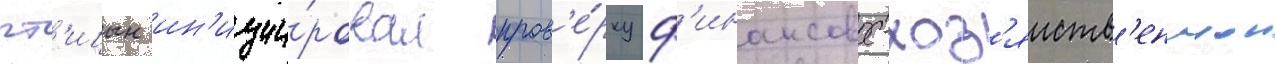
пт'ицын ин'иции́ровал пров'е́рку ф'инансово-хоз'яиств'еннои